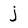
Character: j